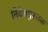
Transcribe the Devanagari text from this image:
निदेशपुस्तके